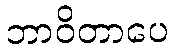
ဘာဝိတာပေ